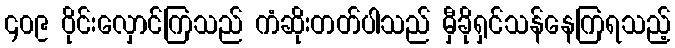
၄၀၉ ဝိုင်းလှောင်ကြသည် ကံဆိုးတတ်ပါသည် မှီခိုရှင်သန်နေကြရသည့်